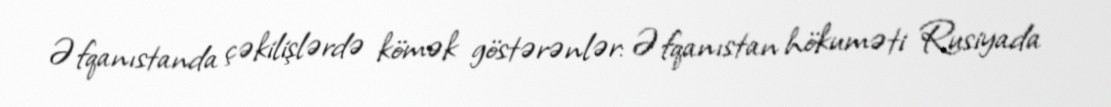
Əfqanıstanda çəkilişlərdə kömək göstərənlər: Əfqanıstan hökuməti Rusiyada